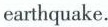
earthquake. -___teacher he is!